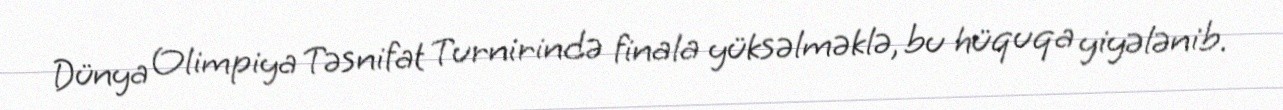
Dünya Olimpiya Təsnifat Turnirində finala yüksəlməklə, bu hüquqa yiyələnib.